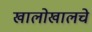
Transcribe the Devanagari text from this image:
खालोखालचे